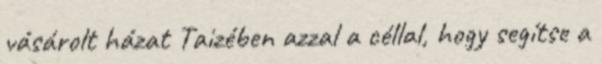
vásárolt házat Taizében azzal a céllal, hogy segítse a